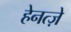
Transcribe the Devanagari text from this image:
हेनत्ज़े